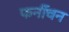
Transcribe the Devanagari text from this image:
फर्नीचन